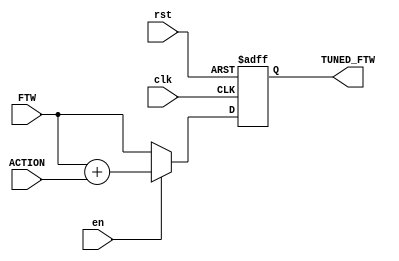
`timescale 1ns / 1ps
//////////////////////////////////////////////////////////////////////////////////
// Company: 
// Engineer: 
// 
// Design Name: 
// Module Name: TUNE_ADDER
// Project Name: 
// Target Devices: 
// Tool Versions: 
// Description: 
// 
// Dependencies: 
// 
// Revision:
// Revision 0.01 - File Created
// Additional Comments:
// 
//////////////////////////////////////////////////////////////////////////////////


module TUNE_ADDER(input clk, input rst, input en, input [31:0] FTW, input signed [31:0] ACTION,
output [31:0] TUNED_FTW);

reg [31:0] reg_FTW;

assign TUNED_FTW = reg_FTW;

always @ (posedge clk or posedge rst) begin
    if(rst) reg_FTW <= 0;
    else begin
        if(en) reg_FTW <= FTW + ACTION;
        else reg_FTW <= FTW;
    end
    
end
endmodule